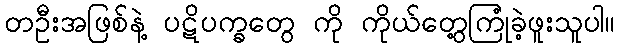
တဦးအဖြစ်နဲ့ ပဋိပက္ခတွေ ကို ကိုယ်တွေ့ကြုံခဲ့ဖူးသူပါ။